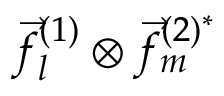
\vec { f } _ { l } ^ { ( 1 ) } \otimes \vec { f } _ { m } ^ { ( 2 ) ^ { * } }